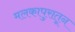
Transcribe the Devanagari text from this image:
मलकापुरातून